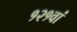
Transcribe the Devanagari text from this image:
१२१वां